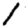
Digit: 1